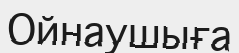
Ойнаушыға